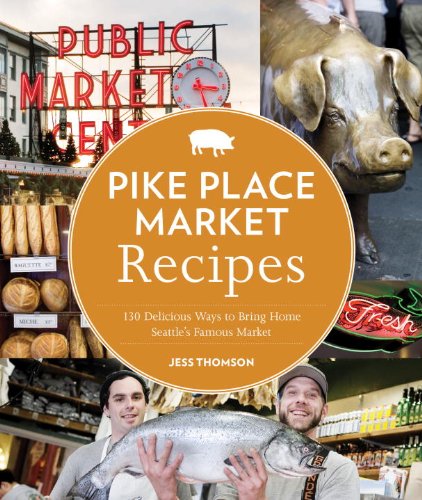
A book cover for Pike Place Market Recipes: 130 Delicious Ways to Bring Home Seattle's Famous Market; Jess Thomson; Cookbooks, Food & Wine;